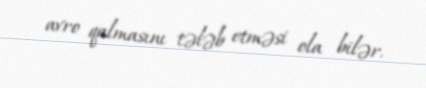
avro qalmasını tələb etməsi ola bilər.